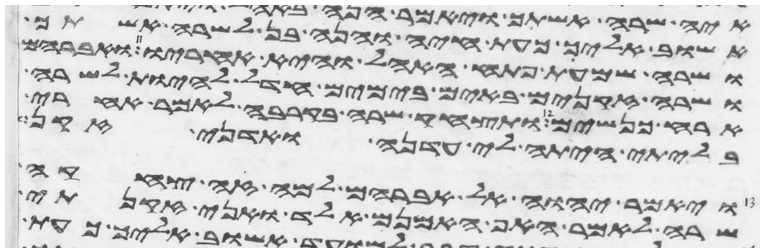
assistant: אשוב אליך כעת חיה והנה בן לשרה אשתך
ושרה שמעת פתח האהל והיא אחריו ואברהם
ושרה זקנים באים בימים חדל להיות לשרה
ארח כנשים ותצחק שרה בקרבה לאמר אחרי
בלתי היתה לי עדנה ואדני זקן
ויאמר יהוה אל אברהם למה זה צחקה
שרה לאמר האף אמנם אלד ואני זקנתי